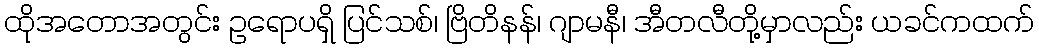
ထိုအတောအတွင်း ဥရောပရှိ ပြင်သစ်၊ ဗြိတိနန်၊ ဂျာမနီ၊ အီတလီတို့မှာလည်း ယခင်ကထက်